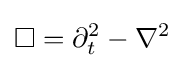
\square =\partial _{t}^{2}-\nabla ^{2}